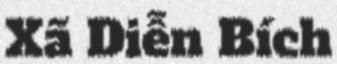
Xã Diễn Bích